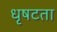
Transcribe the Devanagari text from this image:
धृषटता